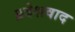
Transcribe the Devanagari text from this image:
प्रदेशवाद